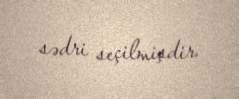
sədri seçilmişdir.